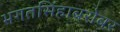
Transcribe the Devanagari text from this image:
भगतसिंहाबरोबर